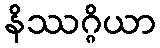
နိဿဂ္ဂိယာ